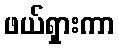
ဖယ်ရှားကာ